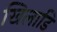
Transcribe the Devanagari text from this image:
खिलाडि